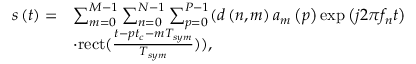
\begin{array} { r l } { s \left( t \right) = } & { \sum _ { m = 0 } ^ { M - 1 } { \sum _ { n = 0 } ^ { N - 1 } { \sum _ { p = 0 } ^ { P - 1 } } } ( d \left( { n , m } \right) { a _ { m } } \left( p \right) \exp \left( { j 2 \pi { f _ { n } } t } \right) } \\ & { \cdot \mathrm { { r e c t } } ( { \frac { { t - p { t _ { c } } - m { T _ { s y m } } } } { { { T _ { s y m } } } } } ) ) , } \end{array}